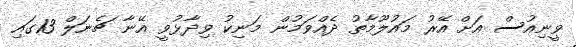
ވީނިއުސް އަށް އޭރު މައުލޫމާތު ދެއްވަމުން މަނިކު ވިދާޅުވީ އޭނާ ޗެނަލް 13ގައި